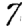
Digit: 7